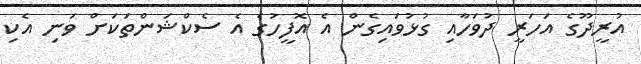
އުރީދޫގެ އަހަރީ ދުވަހާއި ގުޅުވައިގެން އެ އޮފީހުގެ އެ ސެކްޝަންތަކަށް ވަނި އެކި